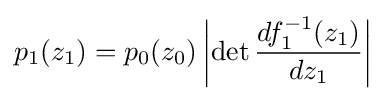
p_{1}(z_{1})=p_{0}(z_{0})\left|\det {\frac {df_{1}^{-1}(z_{1})}{dz_{1}}}\right|